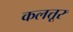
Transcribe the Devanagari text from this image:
कलत्तूर